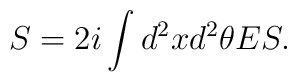
S = 2i \int d^2x d^2\theta E S.